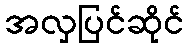
အလှပြင်ဆိုင်